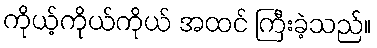
ကိုယ့်ကိုယ်ကိုယ် အထင် ကြီးခဲ့သည်။